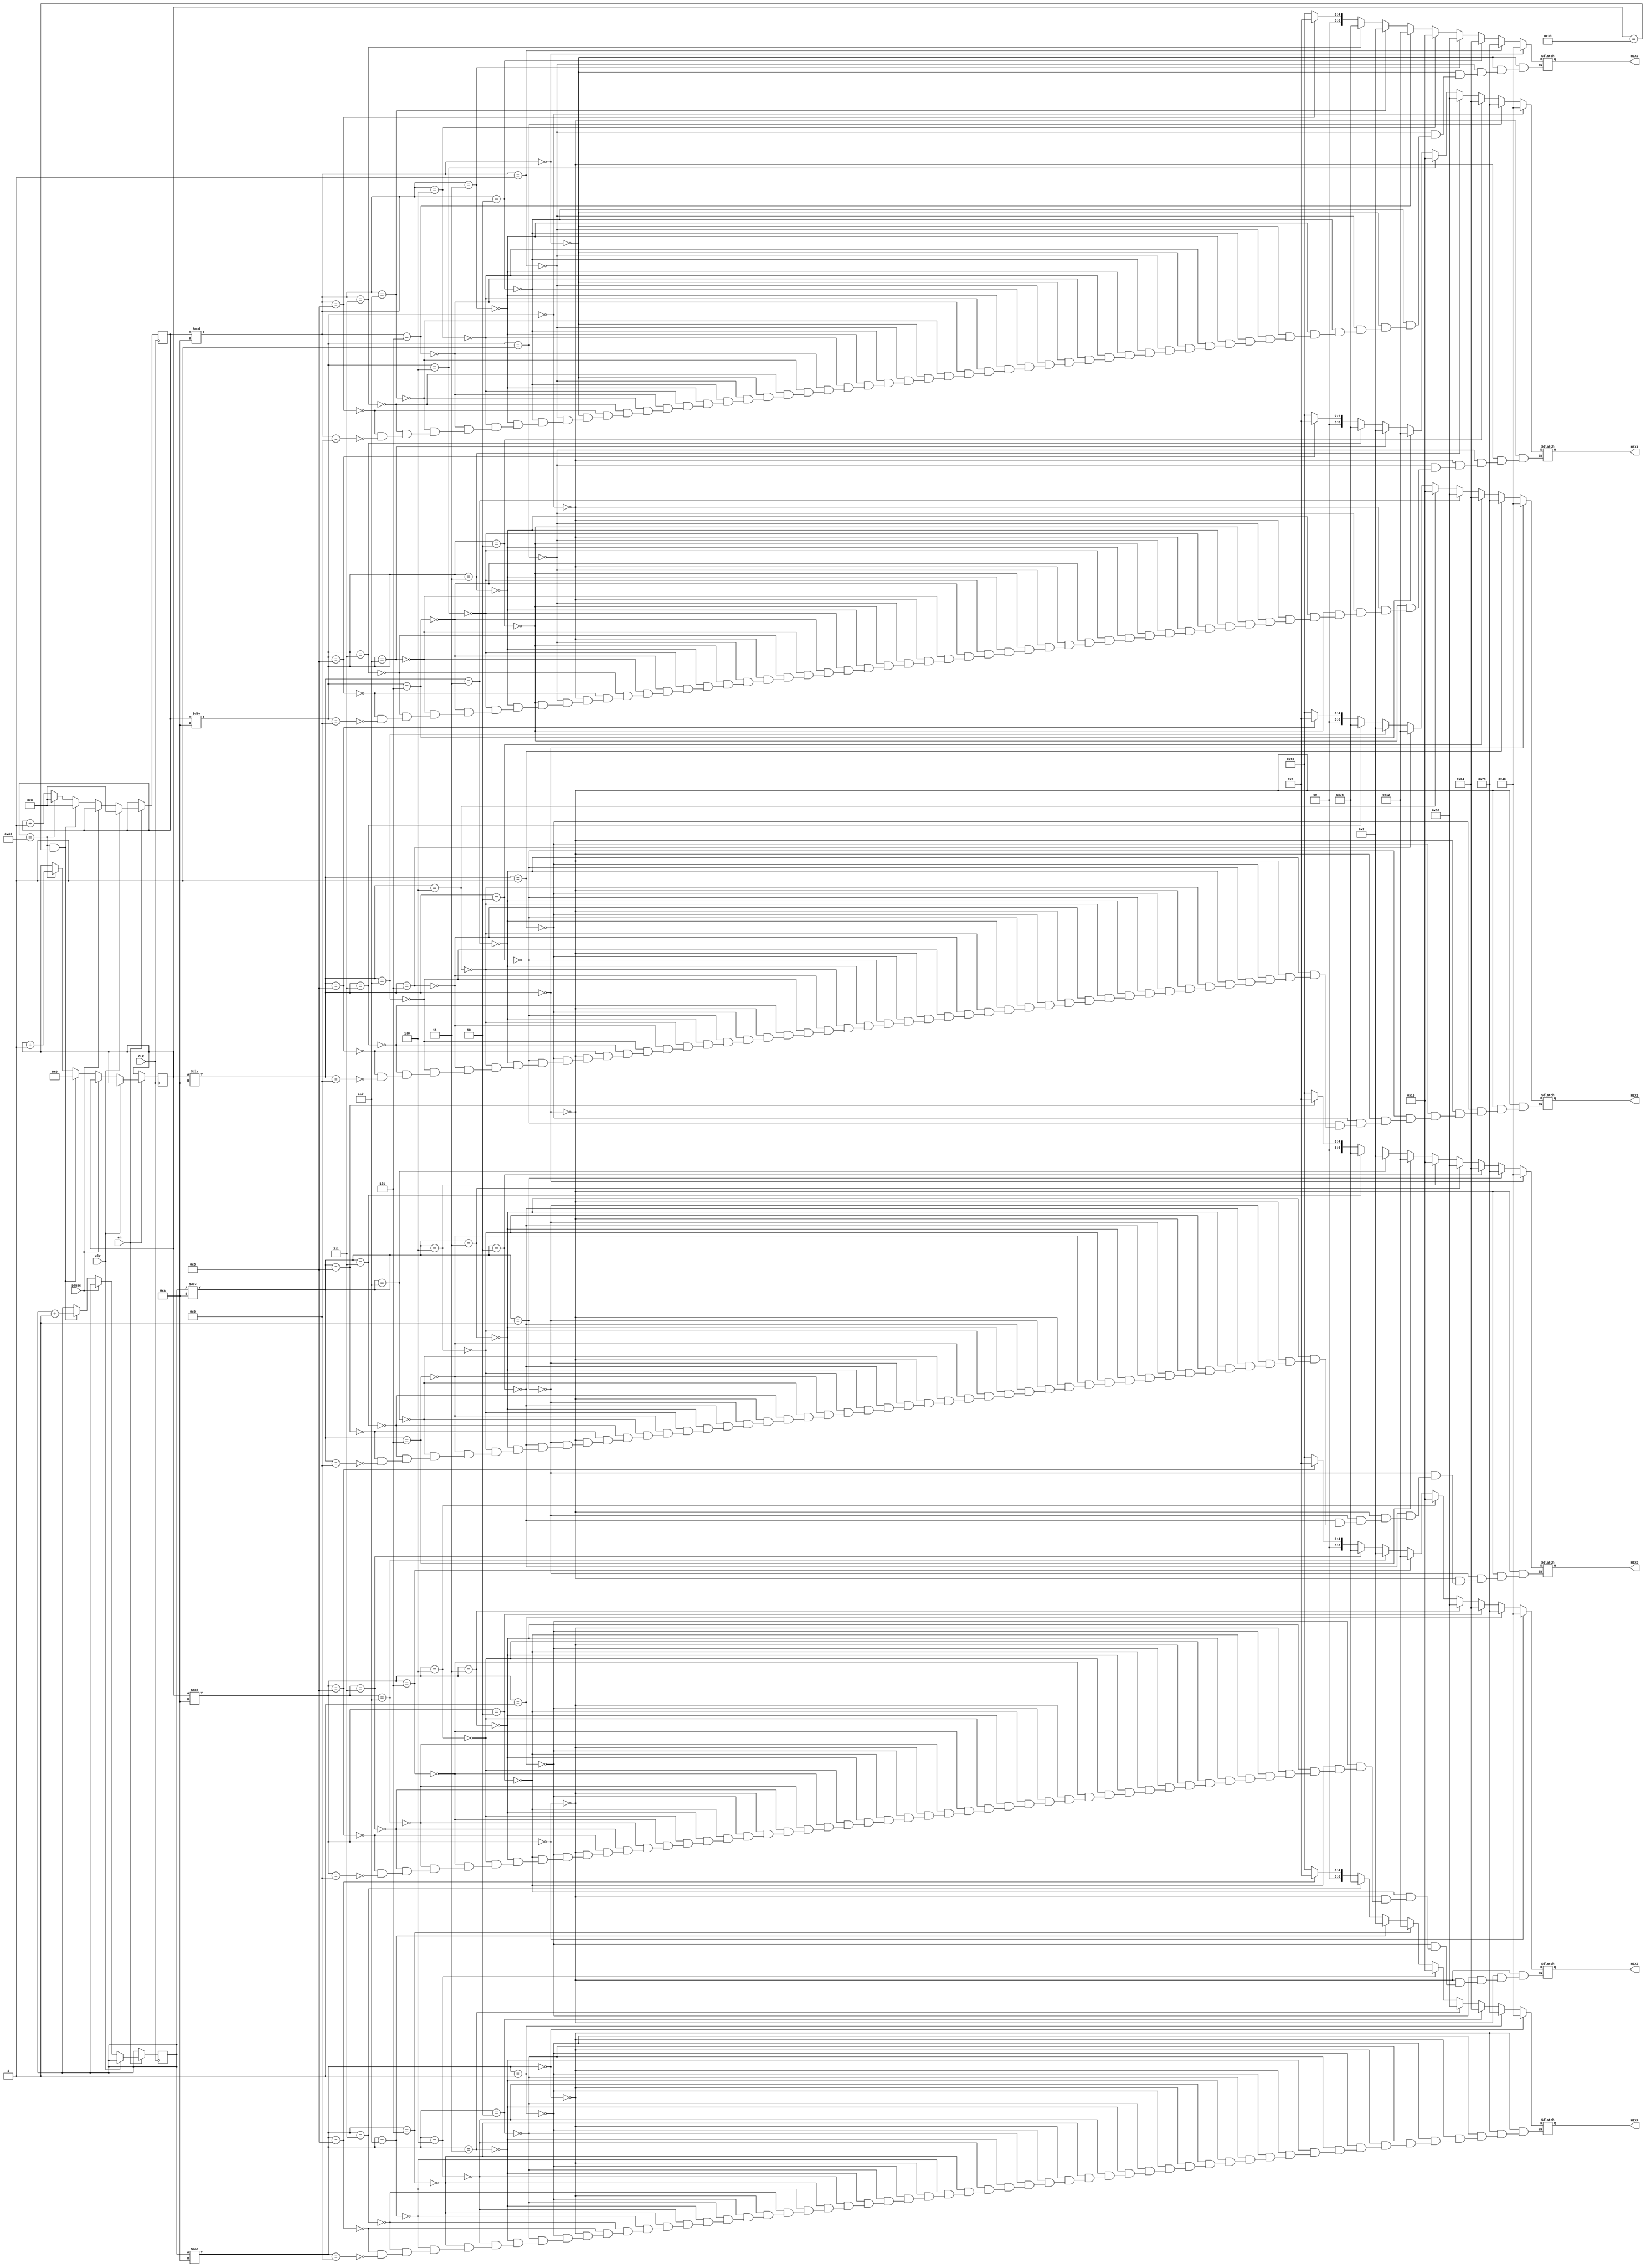
module timer(CLK, en, pause, clr, HEX0, HEX1,HEX2,HEX3,HEX4,HEX5);
 input CLK;
 input pause;
 input clr;
 input en;
 output reg [6:0] HEX0;
 output reg [6:0] HEX1;
 output reg [6:0] HEX2;
 output reg [6:0] HEX3;
 output reg [6:0] HEX4;
 output reg [6:0] HEX5;
 reg [10:0] minsec=0;
 reg [7:0] sec=0;
 reg [7:0] min=0;
 always @ (posedge CLK)
	begin
	if(!en)
		minsec<=minsec;
	else
		begin
			if(clr==1)
				minsec<=0;
			else
			begin
			if(pause)
			begin
				minsec<=minsec;
				sec<=sec;
				min<=min;
			end
			else
				begin
				minsec<=minsec+1;
				if(minsec==99&&sec==59)
					begin
					min<=min+1;
					minsec<=0;
					sec=0;
					end
				else if(minsec==99)
					begin
					minsec<=0;
					sec=sec+1;
					end
				else
					minsec<=minsec+1;
				end
			end
		end	
	end
 always @(*)
 begin
			if(minsec%10==0)
				HEX0=7'b1000000;
			else if(minsec%10==1)
				HEX0=7'b1111001;
			else if(minsec%10==2)
				HEX0=7'b0100100;	
			else if(minsec%10==3)
				HEX0=7'b0110000;
			else if(minsec%10==4)
				HEX0=7'b0011001;
			else if(minsec%10==5)
				HEX0=7'b0010010;
			else if(minsec%10==6)
				HEX0=7'b0000010;	
			else if(minsec%10==7)
				HEX0=7'b1111000;	
			else if(minsec%10==8)
				HEX0=7'b0000000;
			else if(minsec%10==9)
				HEX0=7'b0010000;
				
			if(minsec/10==0)
				HEX1=7'b1000000;
			else if(minsec/10==1)
				HEX1=7'b1111001;
			else if(minsec/10==2)
				HEX1=7'b0100100;	
			else if(minsec/10==3)
				HEX1=7'b0110000;
			else if(minsec/10==4)
				HEX1=7'b0011001;
			else if(minsec/10==5)
				HEX1=7'b0010010;
			else if(minsec/10==6)
				HEX1=7'b0000010;	
			else if(minsec/10==7)
				HEX1=7'b1111000;	
			else if(minsec/10==8)
				HEX1=7'b0000000;
			else if(minsec/10==9)
				HEX1=7'b0010000;
			
			if(sec%10==0)
				HEX2=7'b1000000;
			else if(sec%10==1)
				HEX2=7'b1111001;
			else if(sec%10==2)
				HEX2=7'b0100100;	
			else if(sec%10==3)
				HEX2=7'b0110000;
			else if(sec%10==4)
				HEX2=7'b0011001;
			else if(sec%10==5)
				HEX2=7'b0010010;
			else if(sec%10==6)
				HEX2=7'b0000010;	
			else if(sec%10==7)
				HEX2=7'b1111000;	
			else if(sec%10==8)
				HEX2=7'b0000000;
			else if(sec%10==9)
				HEX2=7'b0010000;
				
			if(sec/10==0)
				HEX3=7'b1000000;
			else if(sec/10==1)
				HEX3=7'b1111001;
			else if(sec/10==2)
				HEX3=7'b0100100;	
			else if(sec/10==3)
				HEX3=7'b0110000;
			else if(sec/10==4)
				HEX3=7'b0011001;
			else if(sec/10==5)
				HEX3=7'b0010010;
			else if(sec/10==6)
				HEX3=7'b0000010;	
			else if(sec/10==7)
				HEX3=7'b1111000;	
			else if(sec/10==8)
				HEX3=7'b0000000;
			else if(sec/10==9)
				HEX3=7'b0010000;
				
			if(min%10==0)
				HEX4=7'b1000000;
			else if(min%10==1)
				HEX4=7'b1111001;
			else if(min%10==2)
				HEX4=7'b0100100;	
			else if(min%10==3)
				HEX4=7'b0110000;
			else if(min%10==4)
				HEX4=7'b0011001;
			else if(min%10==5)
				HEX4=7'b0010010;
			else if(min%10==6)
				HEX4=7'b0000010;	
			else if(min%10==7)
				HEX4=7'b1111000;	
			else if(min%10==8)
				HEX4=7'b0000000;
			else if(min%10==9)
				HEX4=7'b0010000;
				
			if(sec/10==0)
				HEX5=7'b1000000;
			else if(min/10==1)
				HEX5=7'b1111001;
			else if(min/10==2)
				HEX5=7'b0100100;	
			else if(min/10==3)
				HEX5=7'b0110000;
			else if(min/10==4)
				HEX5=7'b0011001;
			else if(min/10==5)
				HEX5=7'b0010010;
			else if(min/10==6)
				HEX5=7'b0000010;	
			else if(min/10==7)
				HEX5=7'b1111000;	
			else if(min/10==8)
				HEX5=7'b0000000;
			else if(min/10==9)
				HEX5=7'b0010000;		
 end
endmodule